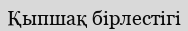
Қыпшақ бірлестігі